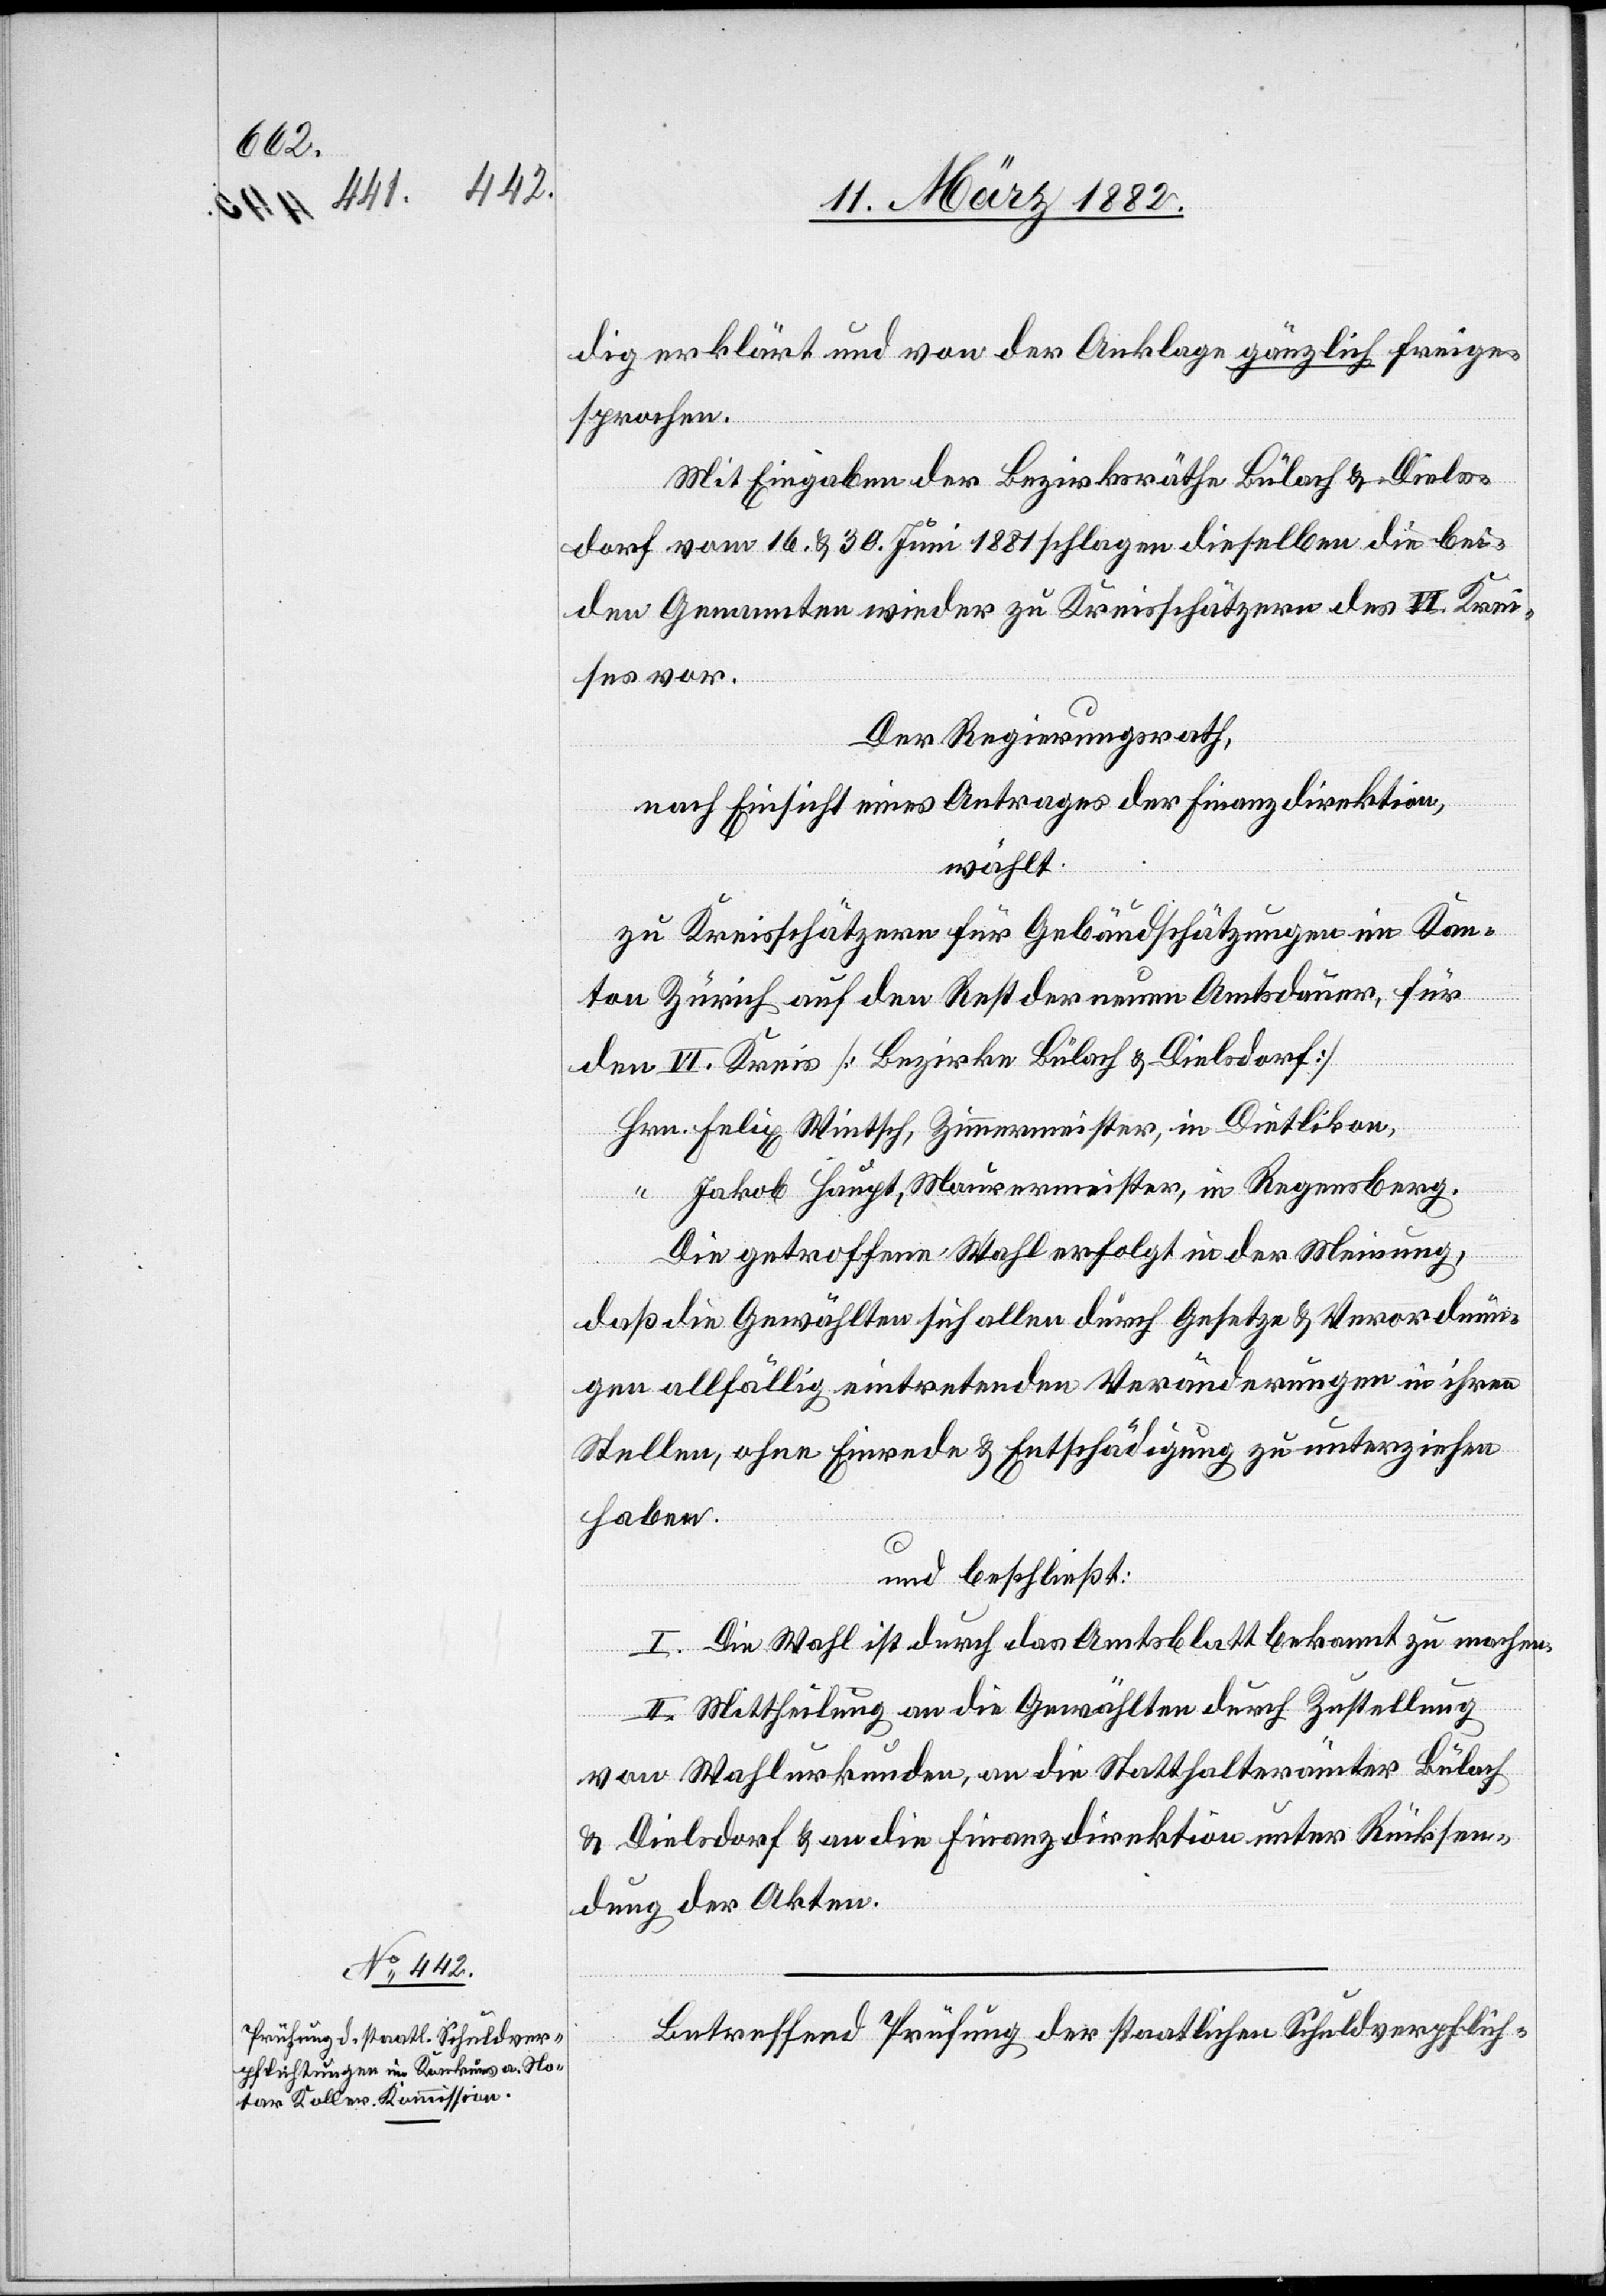
dig erklärt und von der Anklage gänzlich freige¬
sprochen.
Mit Eingaben der Bezirksräthe Bülach & Diels¬
dorf vom 16. & 30. Juni 1881 schlagen dieselbe die bei¬
den Genannten wieder zu Kreisschätzern des VI. Krei¬
ses vor.
Der Regierungsrath,
nach Einsicht eines Antrages der Finanzdirektion,
wählt
zu Kreisschätzern für Gebäudeschätzungen im Kan¬
ton Zürich auf den Rest der neuen Amtsdauer, für
den VI. Kreis [Bezirke Bülach & Dielsdorf]
Hr. Felix Wintsch, Zimmermeister, in Dietlikon,
“ Jakob Haupt, Maurermeister, in Regensberg.
Die getroffene Wahl erfolgt in der Meinung,
daß die Gewählten sich allen durch Gesetze & Verordnun¬
gen allfällig eintretenden Veränderungen in ihren
Stellen, ohne Einrede & Entschädigung zu unterziehen
haben
und beschließt:
I. Die Wahl ist durch das Amtsblatt bekannt zu machen.
II. Mittheilung an die Gewählten durch Zustellung
von Wahlurkunden, an die Statthalterämter Bülach
& Dielsdorf & an die Finanzdirektion unter Rücksen¬
dung der Akten.
Betreffend Prüfung der staatlichen Schuldverpflich-